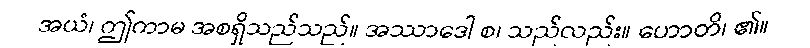
အယံ၊ ဤကာမ အစရှိသည်သည်။ အဿာဒေါ စ၊ သည်လည်း။ ဟောတိ၊ ၏။